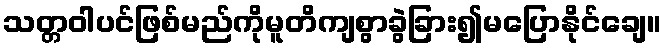
သတ္တဝါပင်ဖြစ်မည်ကိုမူတိကျစွာခွဲခြား၍မပြောနိုင်ချေ။